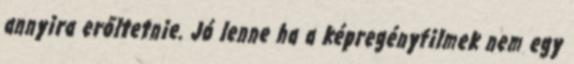
annyira erőltetnie. Jó lenne ha a képregényfilmek nem egy